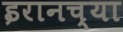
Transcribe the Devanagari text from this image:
इरानच्या